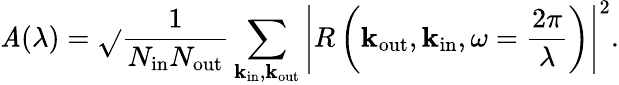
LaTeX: \mathit{A}(\lambda)=\sqrt{}{{\frac{{1}}{{N_{\mathrm{{in}}}N_{\mathrm{{out}}}}}\sum_{{\mathbf{k}}_{\mathrm{{in}}},{\mathbf{k}}_{\mathrm{{out}}}}\left|R\left({\mathbf{k}}_{\mathrm{{out}}},{\mathbf{k}}_{\mathrm{{in}}},\omega=\frac{{2\pi}}{{\lambda}}\right)\right|^{2}}}.